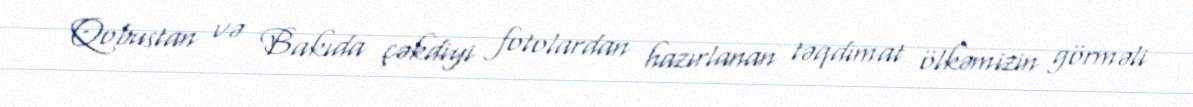
Qobustan və Bakıda çəkdiyi fotolardan hazırlanan təqdimat ölkəmizin görməli